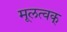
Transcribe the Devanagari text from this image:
मूलत्वक्